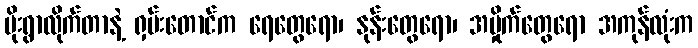
မိုးရွာလိုက်တာနဲ့ ရှမ်းတောင်က ရေတွေရော၊ နုန်းတွေရော၊ အမှိုက်တွေရော အကုန်လုံးက